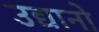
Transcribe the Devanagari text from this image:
उद्यानो